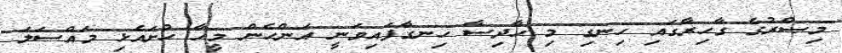
މިޞްރުގެ ގާހިރާގައި ހިނގި މި ހާދިސާ ހިނގާފައިވަނީ އަންހެން މީހާ ހުށައެޅި މައްސަލަ